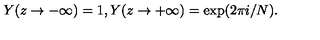
Y ( z \rightarrow - \infty ) = 1 , Y ( z \rightarrow + \infty ) = \exp ( 2 \pi i / N ) .